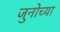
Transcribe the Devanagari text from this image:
जुनोच्या